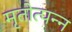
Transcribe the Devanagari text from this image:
मृतोत्पन्न